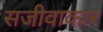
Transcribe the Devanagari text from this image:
सजीवाकार